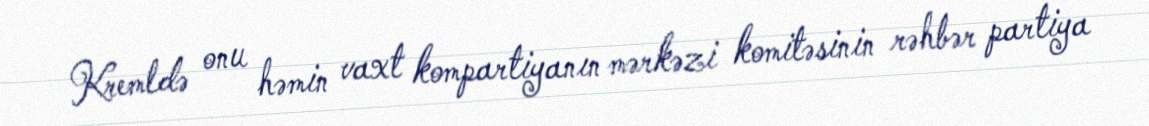
Kremldə onu həmin vaxt kompartiyanın mərkəzi komitəsinin rəhbər partiya